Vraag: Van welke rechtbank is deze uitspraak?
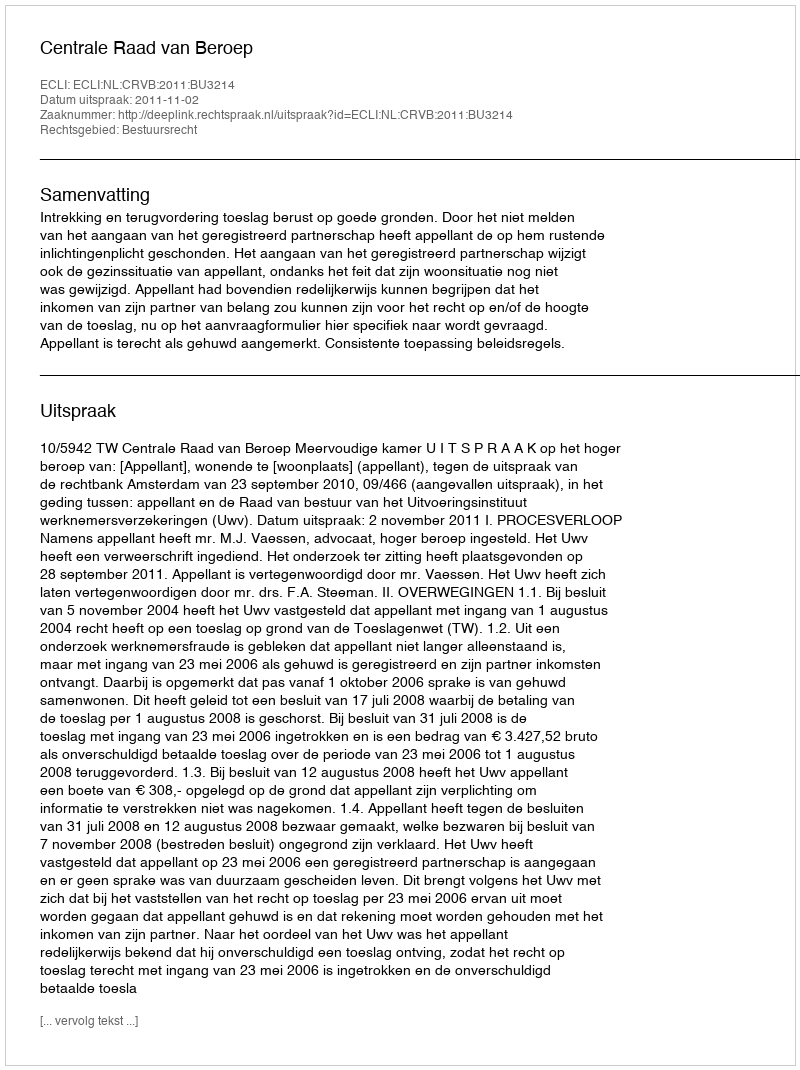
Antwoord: Centrale Raad van Beroep